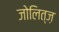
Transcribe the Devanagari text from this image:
जोलित्ज़